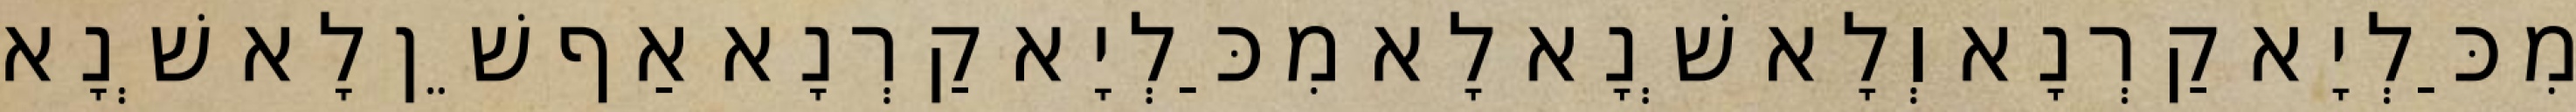
מִכַּלְיָא קַרְנָא וְלָא שְׁנָא לָא מִכַּלְיָא קַרְנָא אַף שֵׁן לָא שְׁנָא